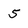
Character: 5